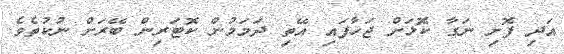
އަދި ފޮށި ނަގާ ކޮޅަށް ޖަހާފައި އޭތި ދަމަމުން ކޮޓަރިން ބޭރަށް ނުކުތެވެ.